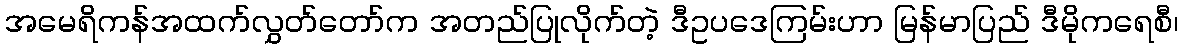
အမေရိကန်အထက်လွှတ်တော်က အတည်ပြုလိုက်တဲ့ ဒီဥပဒေကြမ်းဟာ မြန်မာပြည် ဒီမိုကရေစီ၊